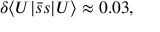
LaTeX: \delta \langle U | \bar { s } s | U \rangle \approx 0 . 0 3 ,